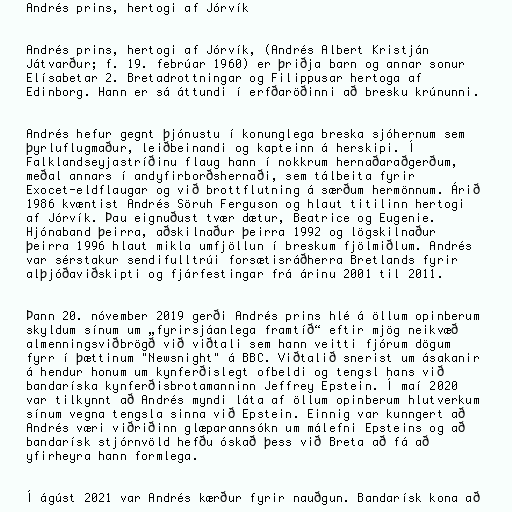
Andrés prins, hertogi af Jórvík

Andrés prins, hertogi af Jórvík, (Andrés Albert Kristján
Játvarður; f. 19. febrúar 1960) er þriðja barn og annar sonur
Elísabetar 2. Bretadrottningar og Filippusar hertoga af
Edinborg. Hann er sá áttundi í erfðaröðinni að bresku krúnunni.

Andrés hefur gegnt þjónustu í konunglega breska sjóhernum sem
þyrluflugmaður, leiðbeinandi og kapteinn á herskipi. Í
Falklandseyjastríðinu flaug hann í nokkrum hernaðaraðgerðum,
meðal annars í andyfirborðshernaði, sem tálbeita fyrir
Exocet-eldflaugar og við brottflutning á særðum hermönnum. Árið
1986 kvæntist Andrés Söruh Ferguson og hlaut titilinn hertogi
af Jórvík. Þau eignuðust tvær dætur, Beatrice og Eugenie.
Hjónaband þeirra, aðskilnaður þeirra 1992 og lögskilnaður
þeirra 1996 hlaut mikla umfjöllun í breskum fjölmiðlum. Andrés
var sérstakur sendifulltrúi forsætisráðherra Bretlands fyrir
alþjóðaviðskipti og fjárfestingar frá árinu 2001 til 2011.

Þann 20. nóvember 2019 gerði Andrés prins hlé á öllum opinberum
skyldum sínum um „fyrirsjáanlega framtíð“ eftir mjög neikvæð
almenningsviðbrögð við viðtali sem hann veitti fjórum dögum
fyrr í þættinum "Newsnight" á BBC. Viðtalið snerist um ásakanir
á hendur honum um kynferðislegt ofbeldi og tengsl hans við
bandaríska kynferðisbrotamanninn Jeffrey Epstein. Í maí 2020
var tilkynnt að Andrés myndi láta af öllum opinberum hlutverkum
sínum vegna tengsla sinna við Epstein. Einnig var kunngert að
Andrés væri viðriðinn glæparannsókn um málefni Epsteins og að
bandarísk stjórnvöld hefðu óskað þess við Breta að fá að
yfirheyra hann formlega.

Í ágúst 2021 var Andrés kærður fyrir nauðgun. Bandarísk kona að